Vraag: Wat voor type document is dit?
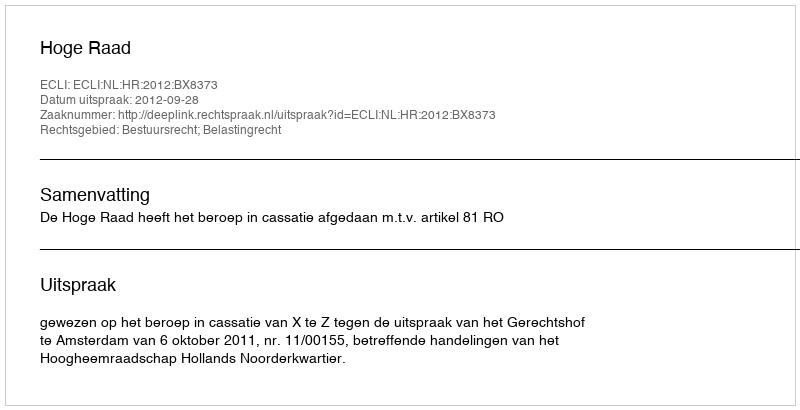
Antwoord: Uitspraak